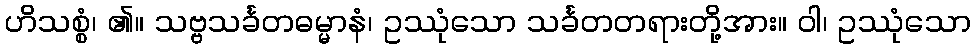
ဟိသစ္စံ၊ ၏။ သဗ္ဗသင်္ခတဓမ္မာနံ၊ ဥဿုံသော သင်္ခတတရားတို့အား။ ဝါ၊ ဥဿုံသော